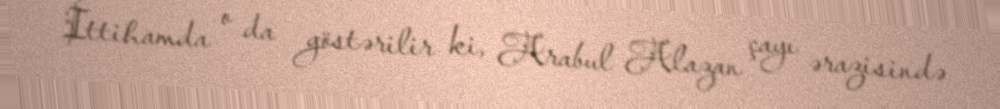
İttihamda o da göstərilir ki, Arabul Alazan çayı ərazisində